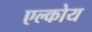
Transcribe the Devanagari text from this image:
एल्कोय